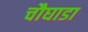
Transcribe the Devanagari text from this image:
चौघाडा